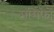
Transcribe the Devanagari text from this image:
मुंसिफों